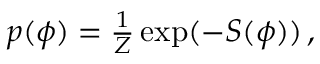
\begin{array} { r } { p ( \phi ) = \frac { 1 } { Z } \exp ( - S ( \phi ) ) \, , } \end{array}